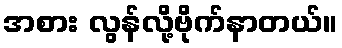
အစား လွန်လို့ဗိုက်နာတယ်။